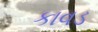
કાવડ